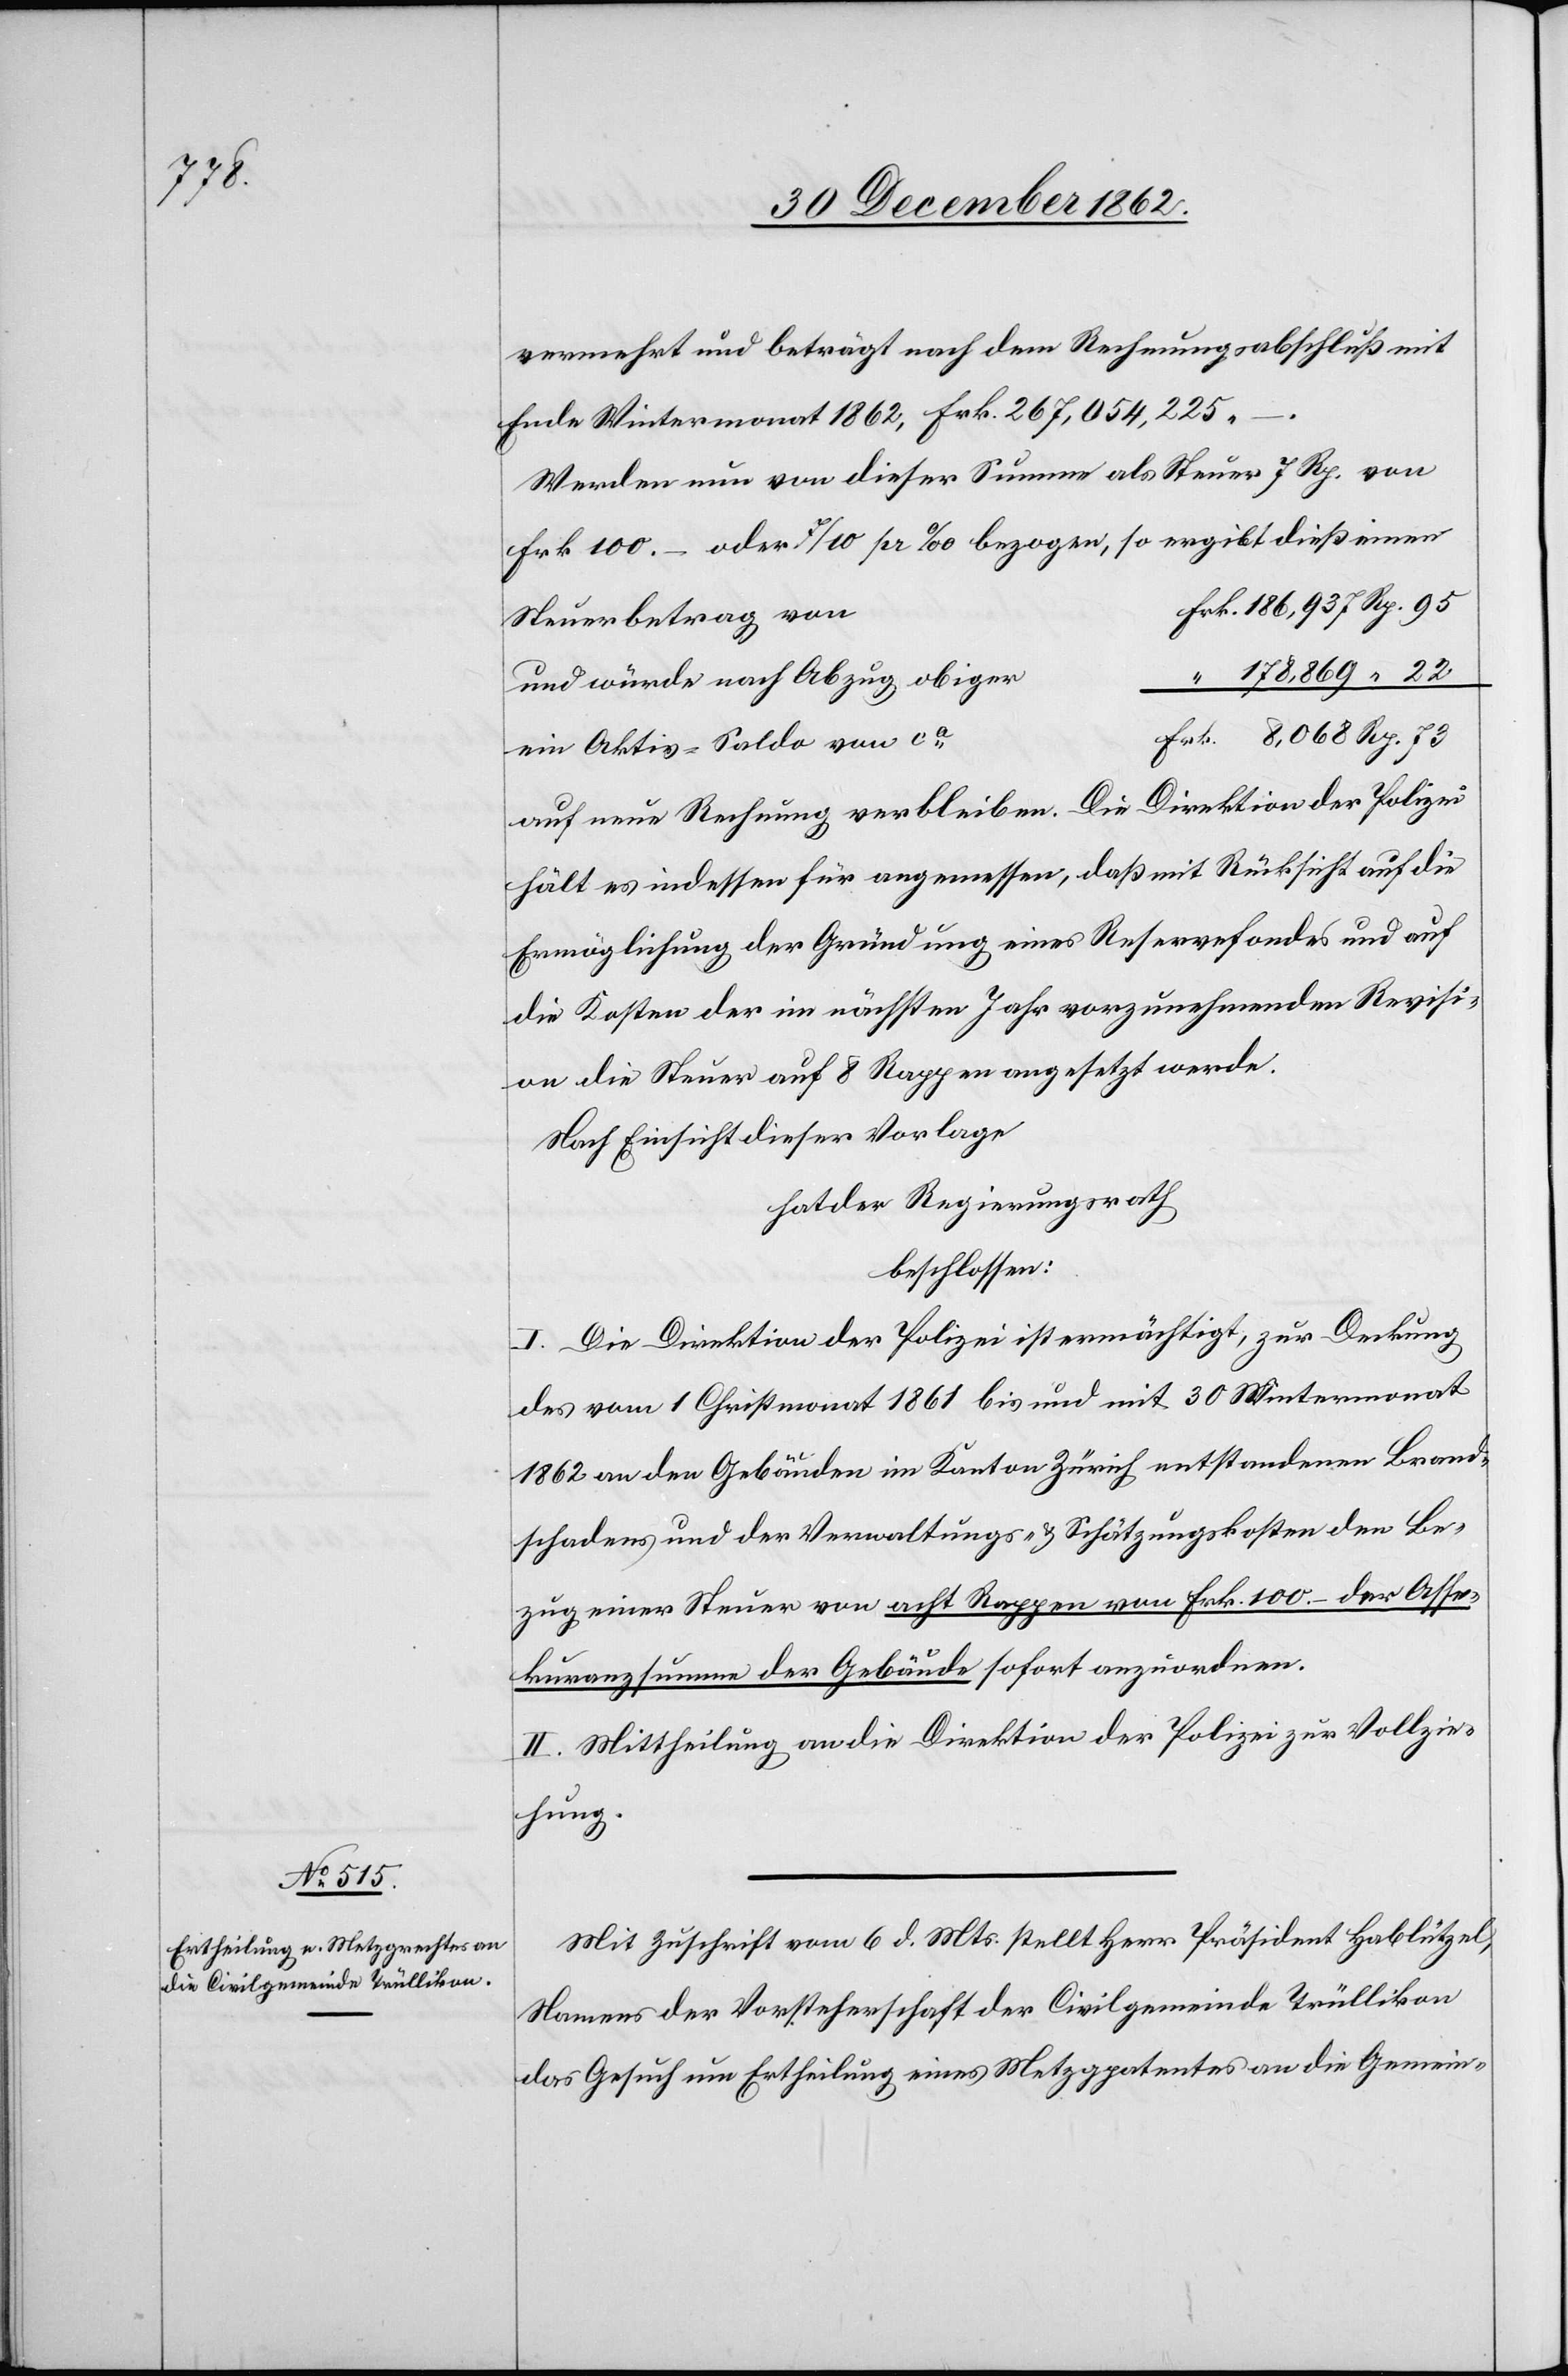
Rp.

vermehrt und beträgt nach dem Rechungsabschluß mit
Ende Wintermonat 1862, Fk. 267,054,225
Werden nun von dieser Summe als Steuer 7 Rp. von
Frk. 100 –oder 7/10 pr. ‰ bezogen, so ergibt dieß einen
Steuerbetrag von
und würde nach Abzug obiger
ein Aktiv-Saldo von ca
Direktion der Polizei
auf neue Rechnung verbleiben. Die
hält es indessen für angemessen, daß mit Rücksicht auf die
Ermöglichung der Gründung eines Reservefondes und auf
die Kosten der im nächsten Jahr vorzunehmenden Revisi¬
on die Steuer auf 8 Rappen angesetzt werde
Nach Einsicht dieser Vorlage
hat der Regierungsrath
beschlossen:
I. Die Direktion der Polizei ist ermächtigt, zur Deckung
des vom 1. Christmonat 1861 bis und mit 30. Wintermonat
1862 an den Gebäuden im Kanton Zürich entstandenen Brand¬
schadens und der Verwaltungs- u. Schützungskosten den Be¬
zug einer Steuer von acht Rappen von Frk. 100 – der Asse¬
kuranzsumme der Gebäude sofort anzuordnen.
II. Mittheilung an die Direktion der Polizei zur Vollzie¬
hung.
Mit Zuschrift vom 6. d. Mts. stellt Herr Präsident Hablützel,
Namens der Vorsteherschaft der Civilgemeinde Trüllikon
das Gesuch um Ertheilung eines Metzgpatentes an die Gemein-